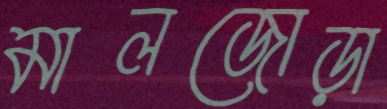
মালজোড়া